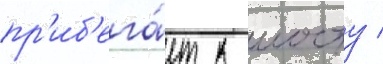
пр'иб'ега́ет к мосту /